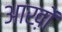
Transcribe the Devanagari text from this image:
आख़ों